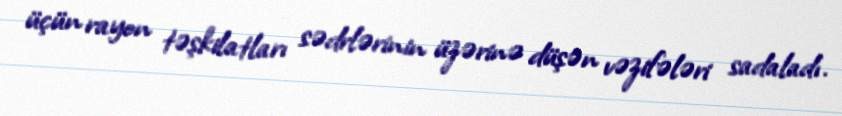
üçün rayon təşkilatları sədrlərinin üzərinə düşən vəzifələri sadaladı.